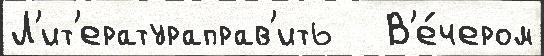
Л'ит'ератураправ'ить   В'е́чером